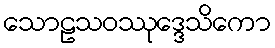
သောဠသဝဿုဒ္ဒေသိကော